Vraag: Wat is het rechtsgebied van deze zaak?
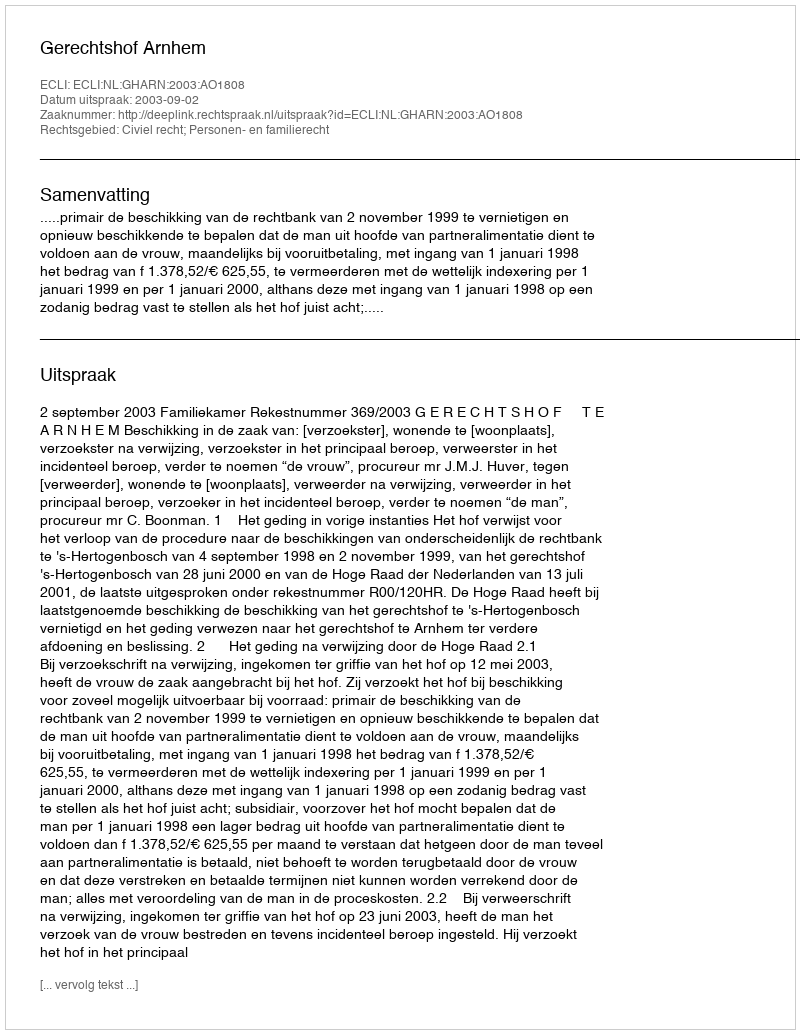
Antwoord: Civiel recht; Personen- en familierecht